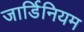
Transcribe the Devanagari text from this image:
जार्डिनियम